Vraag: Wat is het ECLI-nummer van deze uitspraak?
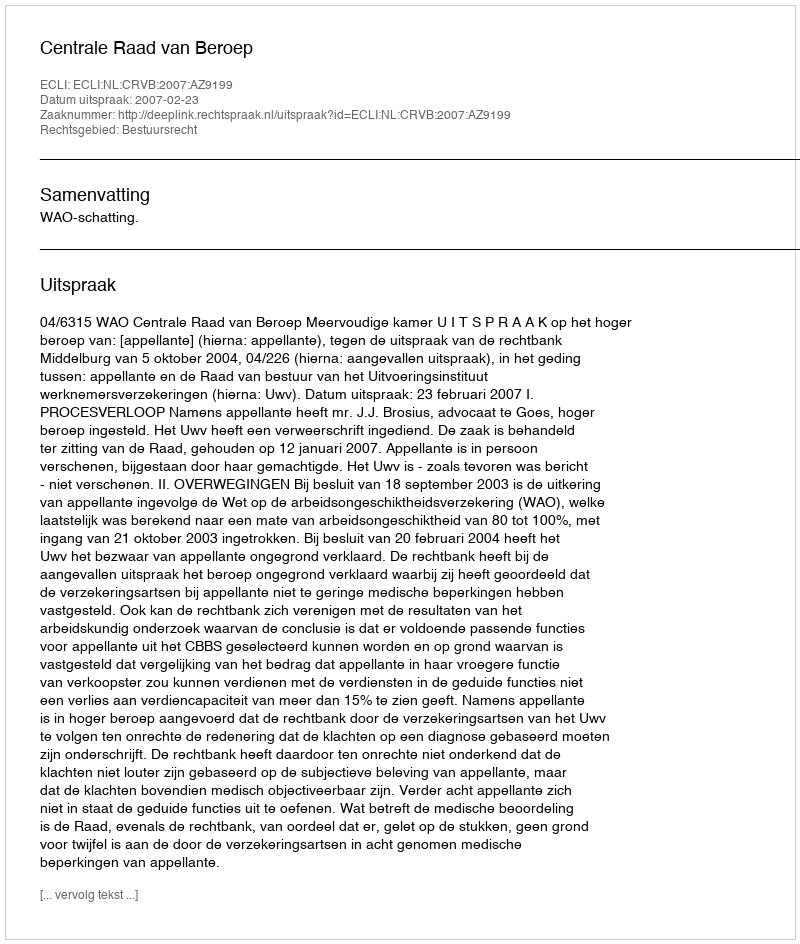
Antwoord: ECLI:NL:CRVB:2007:AZ9199